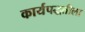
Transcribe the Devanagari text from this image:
कार्यपद्धतीला